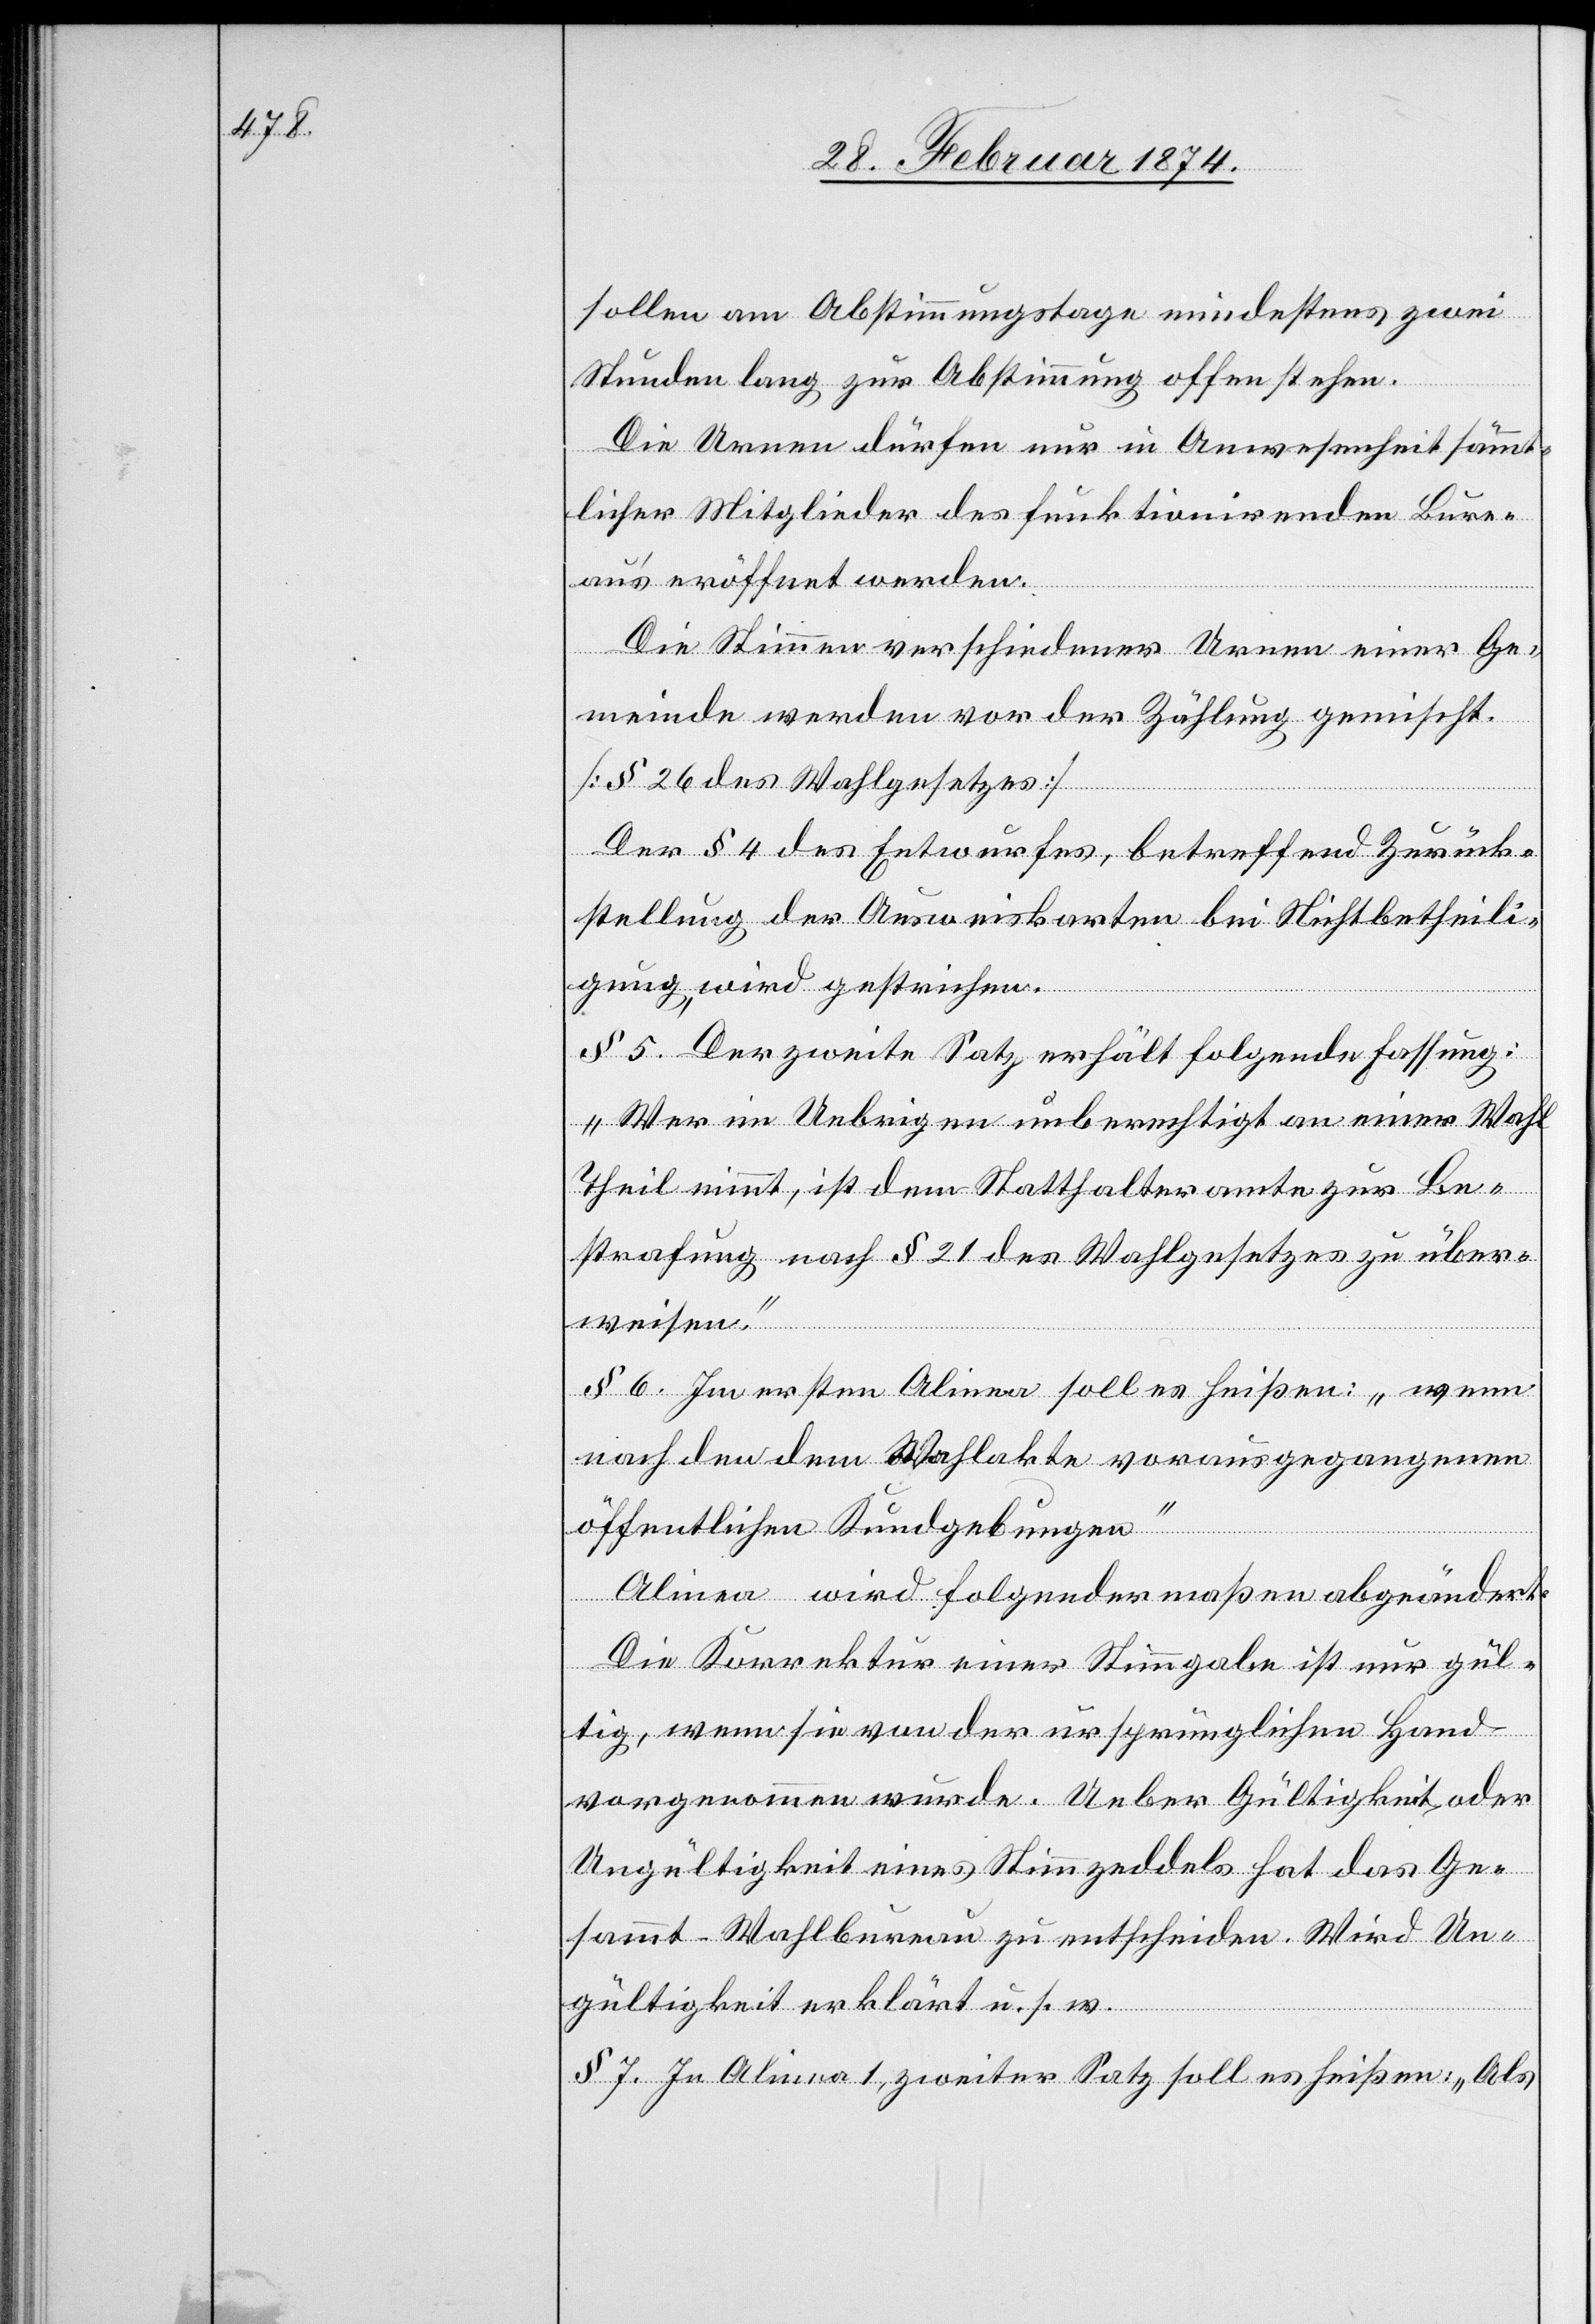
sollen am Abstimmungstage mindestens zwei
Stunden lang zur Abstimmung offen stehen.
Die Urnen dürfen nur in Anwesenheit sämmt¬
licher Mitglieder des funktionirenden Bure¬
aus eröffnet werden.
Die Stimmen verschiedener Urnen einer Ge¬
meinde werden vor der Zählung gemischt
[§ 26 des Wahlgesetzes]
Der § 4 des Entwurfes, betreffend Zurück¬
stellung der Ausweiskarten bei Nichtbetheili¬
gung, wird gestrichen.
§ 5. Der zweite Satz erhält folgende Fassung:
„Wer im Uebrigen unberechtigt an einer Wahl
Theil nimmt, ist dem Statthalteramte zur Be¬
strafung nach § 21 des Wahlgesetzes zu über¬
weisen.“
§ 6. Im ersten Alinea soll es heißen: „wenn
nach den dem Wahlakte vorausgegangenen
öffentlichen Kundgebungen“
Alinea … wird folgendermaßen abgeändert:
Die Korrektur einer Stimmgabe ist nur gül¬
tig, wenn sie von der ursprünglichen Hand
vorgenommen wurde. Ueber Gültigkeit, oder
Ungültigkeit eines Stimmzeddels hat das Ge¬
sammt-Wahlbureau zu entscheiden. Wird Un¬
gültigkeit erklärt u. s. w.
§ 7. In Alinea 1, zweiter Satz soll es heißen: „Als